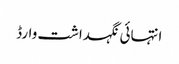
انتہائی نگہداشت وارڈ